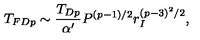
T _ { F D p } \sim \frac { T _ { D p } } { \alpha ^ { \prime } } P ^ { ( p - 1 ) / 2 } r _ { I } ^ { ( p - 3 ) ^ { 2 } / 2 } ,